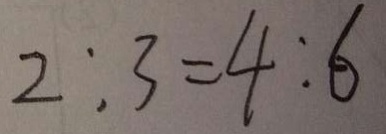
2 : 3 = 4 : 6